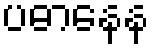
ပဓာနေန